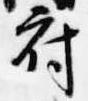
府